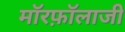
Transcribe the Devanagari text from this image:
मॉरफ़ॉलाजी